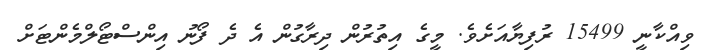
ވިއްކާނީ 15499 ރުފިޔާއަށެވެ. މީގެ އިތުރުން ދިރާގުން އެ ދެ ފޯނު އިންސްޓޯލްމެންޓަށް